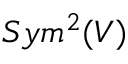
S y m ^ { 2 } ( V )